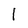
Character: l